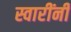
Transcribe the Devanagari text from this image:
स्वारींनी